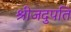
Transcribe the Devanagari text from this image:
श्रीजदुपति